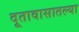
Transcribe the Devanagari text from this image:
दूतावासातल्या